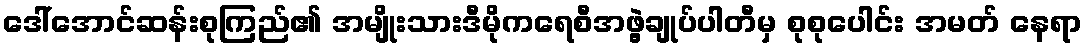
ဒေါ်အောင်ဆန်းစုကြည်၏ အမျိုးသားဒီမိုကရေစီအဖွဲ့ချုပ်ပါတီမှ စုစုပေါင်း အမတ် နေရာ